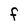
Character: F